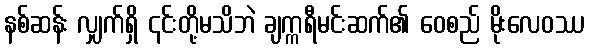
နစ်ဆန်း လျှက်ရှိ ၎င်းတို့မသိဘဲ ချက္ကရီမင်းဆက်၏ ဝေစည် မိုးလေဝဿ